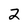
Character: 2